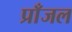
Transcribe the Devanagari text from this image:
प्राँजल